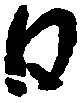
日